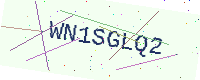
Text: WN1SGLQ2